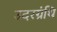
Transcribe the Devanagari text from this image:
उदरग्रंथि